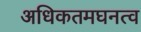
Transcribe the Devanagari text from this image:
अधिकतमघनत्व